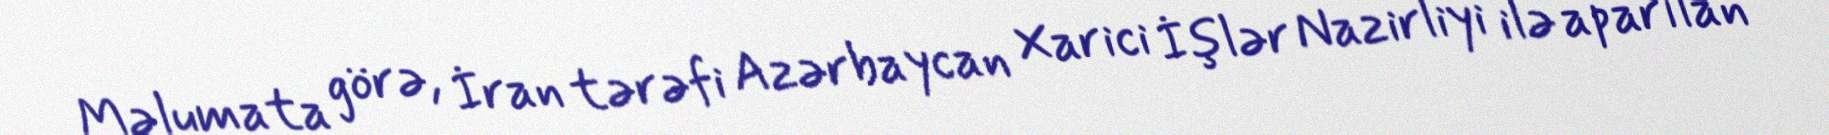
Məlumata görə, İran tərəfi Azərbaycan Xarici İşlər Nazirliyi ilə aparılan